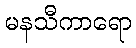
မနသီကာရော